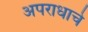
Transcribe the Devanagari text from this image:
अपराधाचे